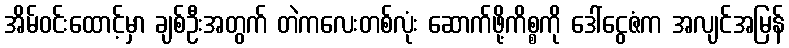
အိမ်ဝင်းထောင့်မှာ ချစ်ဦးအတွက် တဲကလေးတစ်လုံး ဆောက်ဖို့ကိစ္စကို ဒေါ်ငွေဇံက အလျင်အမြန်